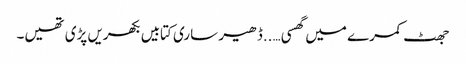
جھٹ کمرے میں گھسی …..ڈھیر ساری کتابیں بکھریں پڑی تھیں۔